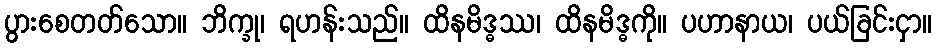
ပွားစေတတ်သော။ ဘိက္ခု၊ ရဟန်းသည်။ ထိနမိဒ္ဓဿ၊ ထိနမိဒ္ဓကို။ ပဟာနာယ၊ ပယ်ခြင်းငှာ။